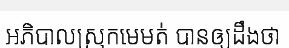
អភិបាលស្រុកមេមត់ បានឲ្យដឹងថា